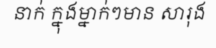
នាក់ ក្នុងម្នាក់ៗមាន សារុង